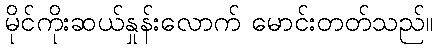
မိုင်ကိုးဆယ်နှုန်းလောက် မောင်းတတ်သည်။